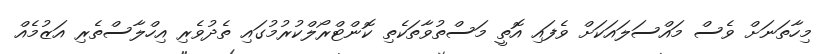
މިހާތަނަށް ވެސް މައްސަލައަކަށް ވެފައި އޮތީ މަސްތުވާތަކެތި ކޮންޓްރޯލްކުރުމުގައި ތެދުވެރި އިހްލާސްތެރި އަޒުމެއް